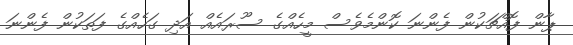
ޕާން ފޮއްޗަކުން ފެންނަ ކޮންމެވެސް މީހެއްގެ ސޫރައެއް އަދި ގަހެއްގެ ފަތަކުން ފެންނަ